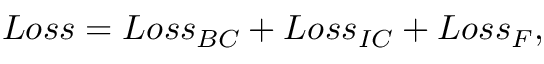
\begin{array} { r } { L o s s = L o s s _ { B C } + L o s s _ { I C } + L o s s _ { F } , } \end{array}